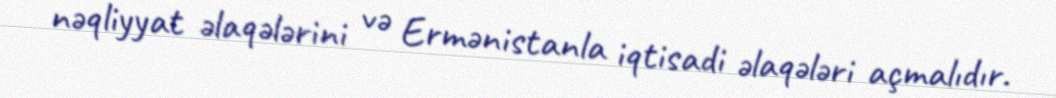
nəqliyyat əlaqələrini və Ermənistanla iqtisadi əlaqələri açmalıdır.